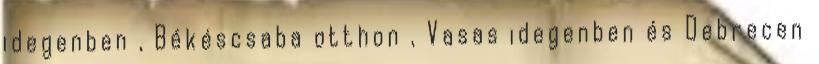
idegenben , Békéscsaba otthon , Vasas idegenben és Debrecen